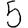
Digit: 5